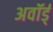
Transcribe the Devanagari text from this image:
अवॉर्ड्